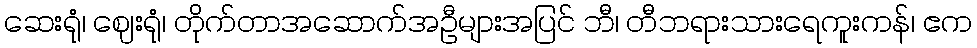
ဆေးရုံ၊ ဈေးရုံ၊ တိုက်တာအဆောက်အဦများအပြင် ဘီ၊ တီဘရားသားရေကူးကန်၊ ဧက